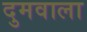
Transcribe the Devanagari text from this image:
दुमवाला